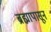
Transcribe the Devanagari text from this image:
ब्रह्मापासून